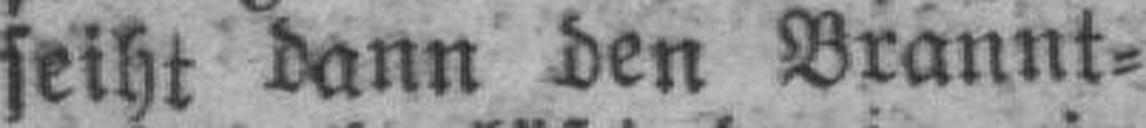
seiht dann den Brannt¬